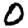
Digit: 0